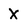
Character: X